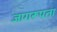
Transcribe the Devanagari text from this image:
जागरूपता